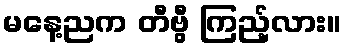
မနေ့ညက တီဗွီ ကြည့်လား။